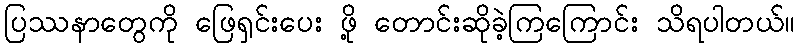
ပြဿနာတွေကို ဖြေရှင်းပေး ဖို့ တောင်းဆိုခဲ့ကြကြောင်း သိရပါတယ်။